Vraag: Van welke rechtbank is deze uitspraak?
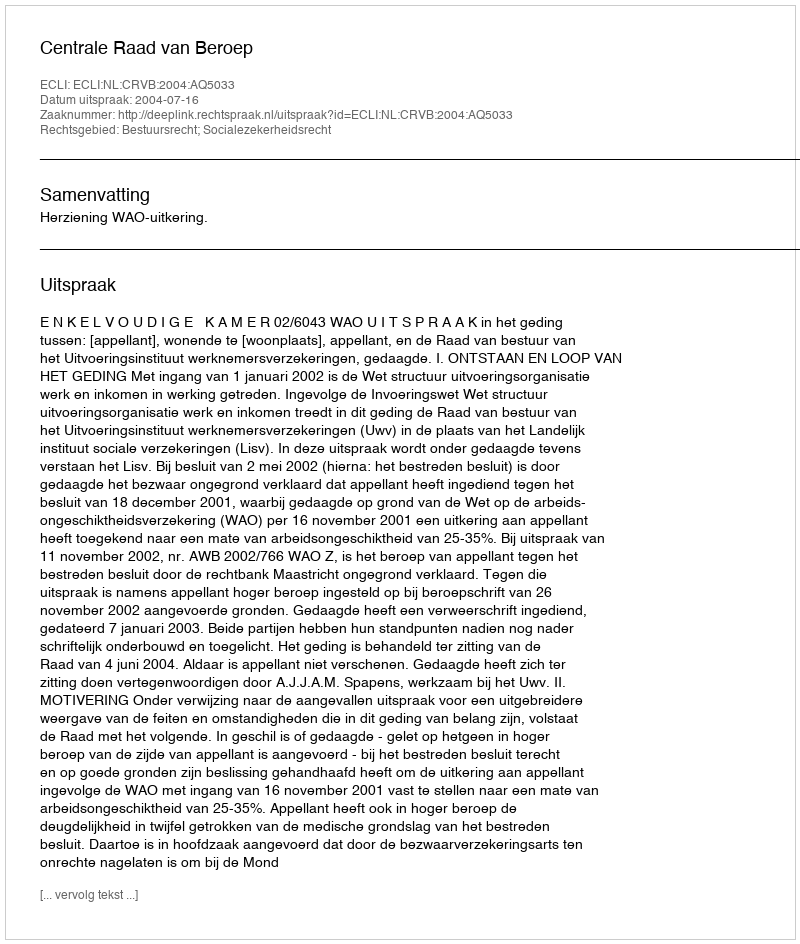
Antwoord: Centrale Raad van Beroep